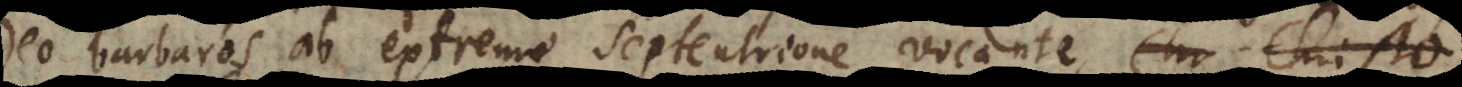
Deo barbaros ab extremo septentrione vocante,